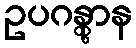
ဥပဂန္တွာန